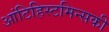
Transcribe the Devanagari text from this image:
आंटिहिस्टमिन्सकी